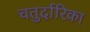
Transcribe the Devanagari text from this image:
चतुर्दारिका